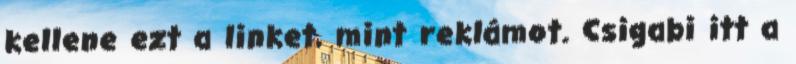
kellene ezt a linket, mint reklámot. Csigabi itt a